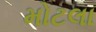
મોટલા